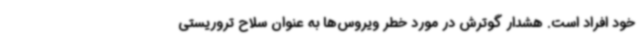
خود افراد است. هشدار گوترش در مورد خطر ویروس‌ها به عنوان سلاح تروریستی